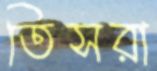
তিসরা